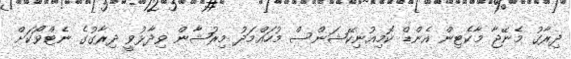
ދިރާގު މެނޭޖާ މާކެޓިން އެންޑް ކޮމިއުނިކޭޝަންސް މުހައްމަދު މިރުޝާން ވިދާޅުވީ ދިރާގުގެ ނެޓްވޯކަށް